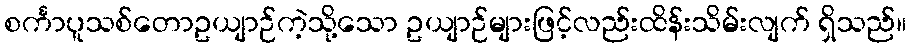
စင်္ကာပူသစ်တောဥယျာဉ်ကဲ့သို့သော ဥယျာဉ်များဖြင့်လည်းထိန်းသိမ်းလျက် ရှိသည်။